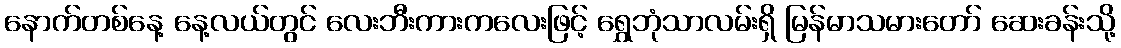
နောက်တစ်နေ့ နေ့လယ်တွင် လေးဘီးကားကလေးဖြင့် ရွှေဘုံသာလမ်းရှိ မြန်မာသမားတော် ဆေးခန်းသို့